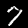
Label: 7